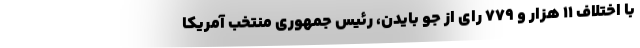
با اختلاف ۱۱ هزار و ۷۷۹ رای از جو بایدن، رئیس جمهوری منتخب آمریکا